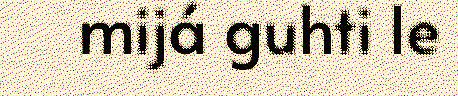
mijá guhti le